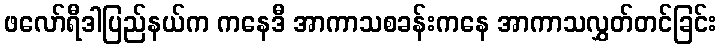
ဖလော်ရီဒါပြည်နယ်က ကနေဒီ အာကာသစခန်းကနေ အာကာသလွှတ်တင်ခြင်း